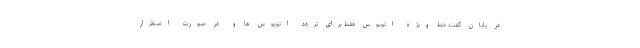
در پایان گفت: خط ویژه اتوبوس فقط برای تردد اتوبوس ها و در صورت اضطرار